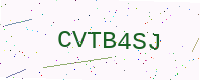
Text: CVTB4SJ